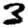
Digit: 3